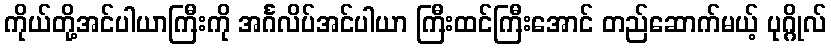
ကိုယ်တို့အင်ပါယာကြီးကို အင်္ဂလိပ်အင်ပါယာ ကြီးထင်ကြီးအောင် တည်ဆောက်မယ့် ပုဂ္ဂိုလ်